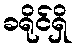
ခရိုင်ရှိ